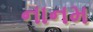
નાનમ